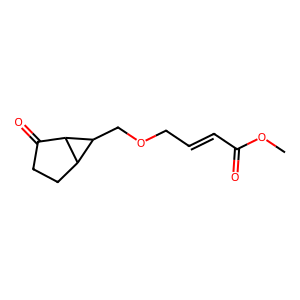
SMILES: COC(=O)C=CCOCC1C2CCC(=O)C21
Inhibits HIV replication: No